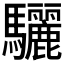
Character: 驪